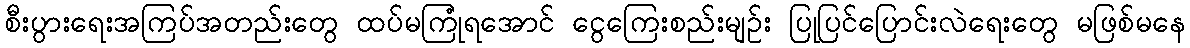
စီးပွားရေးအကြပ်အတည်းတွေ ထပ်မကြုံရအောင် ငွေကြေးစည်းမျဉ်း ပြုပြင်ပြောင်းလဲရေးတွေ မဖြစ်မနေ